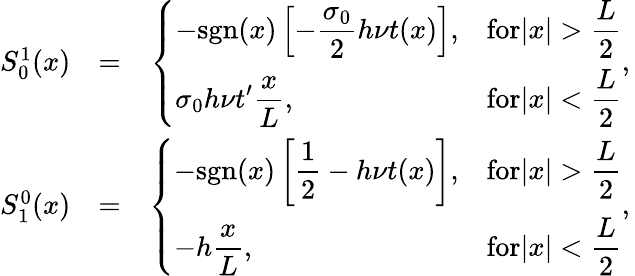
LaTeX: \begin{array}{rlr}{S_{0}^{1}(x)}&{=}&{\left\{ \begin{array}{ll}{\displaystyle-\mathrm{sgn}(x)\left[-\frac{\sigma_{0}}{2}h\nu t(x)\right],}&{\displaystyle\textrm{for}|x|>\frac{L}{2}}\\ {\displaystyle\sigma_{0}h\nu t^{\prime}\frac{x}{L},}&{\displaystyle\textrm{for}|x|<\frac{L}{2}}\end{array},\right.}\\ {S_{1}^{0}(x)}&{=}&{\left\{ \begin{array}{ll}{\displaystyle-\mathrm{sgn}(x)\left[\frac{1}{2}-h\nu t(x)\right],}&{\displaystyle\textrm{for}|x|>\frac{L}{2}}\\ {\displaystyle-h\frac{x}{L},}&{\displaystyle\textrm{for}|x|<\frac{L}{2}}\end{array},\right.}\end{array}